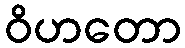
ဝိဟတော